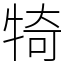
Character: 犄